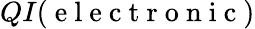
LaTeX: QI(\mathrm{~e~l~e~c~t~r~o~n~i~c~})